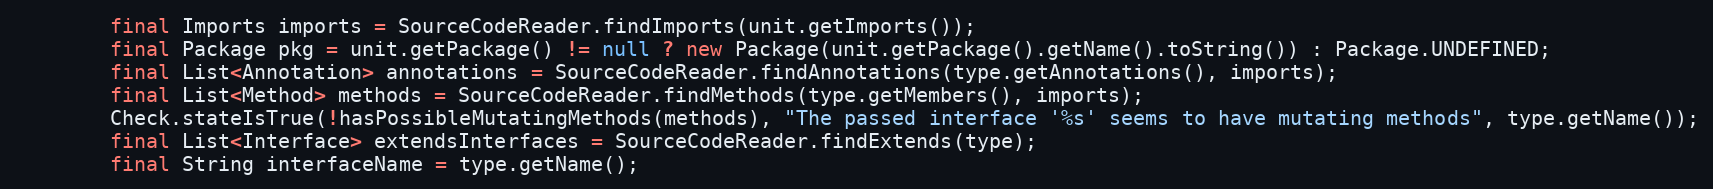
Language: Java
		final Imports imports = SourceCodeReader.findImports(unit.getImports());
		final Package pkg = unit.getPackage() != null ? new Package(unit.getPackage().getName().toString()) : Package.UNDEFINED;
		final List<Annotation> annotations = SourceCodeReader.findAnnotations(type.getAnnotations(), imports);
		final List<Method> methods = SourceCodeReader.findMethods(type.getMembers(), imports);
		Check.stateIsTrue(!hasPossibleMutatingMethods(methods), "The passed interface '%s' seems to have mutating methods", type.getName());
		final List<Interface> extendsInterfaces = SourceCodeReader.findExtends(type);
		final String interfaceName = type.getName();